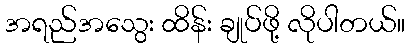
အရည်အသွေး ထိန်း ချုပ်ဖို့ လိုပါတယ်။